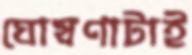
ঘোষণাটাই